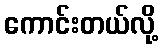
ကောင်းတယ်လို့